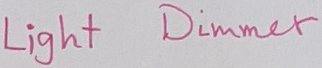
Text: Light  Dimmer